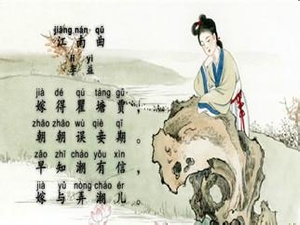
嫁得瞿塘贾，朝朝误妾期。